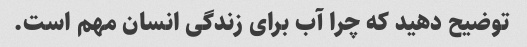
توضیح دهید که چرا آب برای زندگی انسان مهم است.